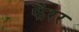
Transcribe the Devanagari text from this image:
फैरर